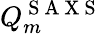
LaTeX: Q_{m}^{\mathrm{~S~A~X~S~}}